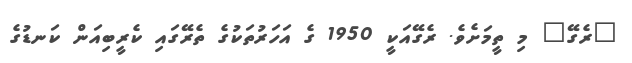
"ރެގޭ" މި ތީމަށެވެ. ރެގޭއަކީ 1950 ގެ އަހަރުތަކުގެ ތެރޭގައި ކެރީބިއަން ކަނޑުގެ